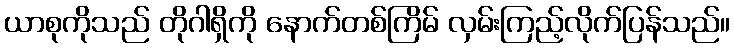
ယာစုကိုသည် တိုဂါရှိကို နောက်တစ်ကြိမ် လှမ်းကြည့်လိုက်ပြန်သည်။